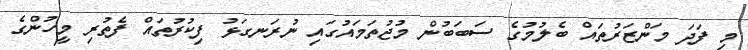
މި ފަދަ މަންޒަރުތައް ބެލުމުގެ ސަބަބުން މުޖުތަމައުގައި ނުރަނގަޅު ފިކުރުތައް ފެތުރި މީހުންގެ